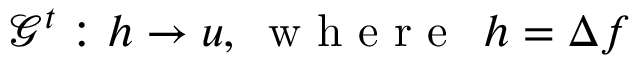
\begin{array} { r } { \mathcal { G } ^ { t } : h \to u , \: \mathrm { ~ w ~ h ~ e ~ r ~ e ~ } \: \: h = \Delta f } \end{array}